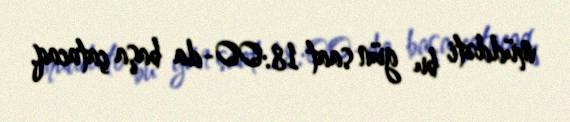
müddəti bu gün saat 18:00-da başa çatacaq.